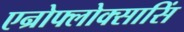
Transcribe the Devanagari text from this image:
एन्रोफ्लोक्सासिं